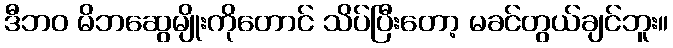
ဒီဘဝ မိဘဆွေမျိုးကိုတောင် သိပ်ပြီးတော့ မခင်တွယ်ချင်ဘူး။